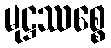
မုဋ္ဌဿစ္စေ